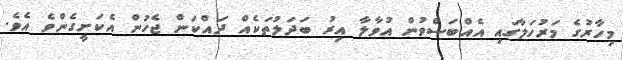
މިހާރުގެ މަރުހަލާގައި އެއްބަސްވުން އުވާލާ އިރު ބަދަލުތަކެއް ދައްކަން ޖެހުން އެކަށީގެންވެ އެވެ.